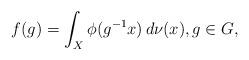
LaTeX: \begin{align*}f(g) = \int_X \phi(g^{-1}x) \, d\nu(x), g \in G,\end{align*}